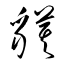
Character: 貘